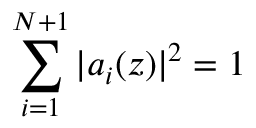
\sum _ { i = 1 } ^ { N + 1 } | a _ { i } ( z ) | ^ { 2 } = 1